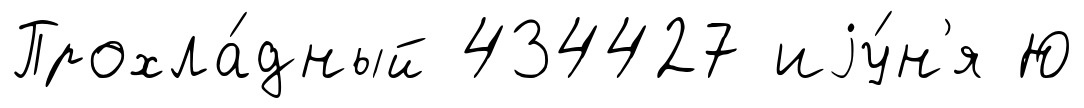
Прохла́дный 434427 иjу́н'я Ю